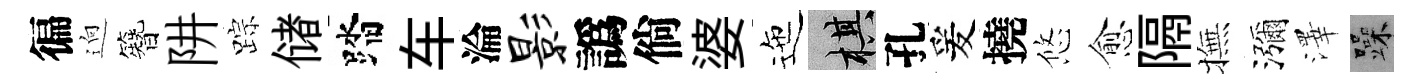
徧逈簪阱踪储踏车淪影譌倘婆迤棋孔爰撓悠愈隔撫瀰澤躁